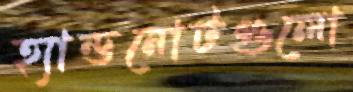
হ্যান্ডনোটগুলো